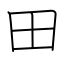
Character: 田